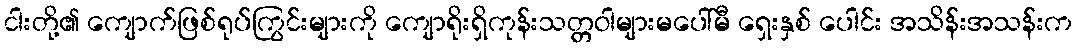
ငါးတို့၏ ကျောက်ဖြစ်ရုပ်ကြွင်းများကို ကျောရိုးရှိကုန်းသတ္တဝါများမပေါ်မီ ရှေးနှစ် ပေါင်း အသိန်းအသန်းက